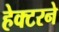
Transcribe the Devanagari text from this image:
हेक्टरने